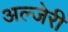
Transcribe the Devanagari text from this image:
अल्जेरी